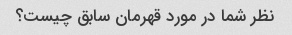
نظر شما در مورد قهرمان سابق چیست؟